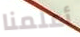
أعلمنا